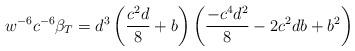
LaTeX: \begin{align*}w^{-6}c^{-6}\beta_{T}=d^{3}\left( \frac{c^{2}d}{8}+b\right) \left(\frac{-c^{4}d^{2}}{8}-2c^{2}db+b^{2}\right) \end{align*}